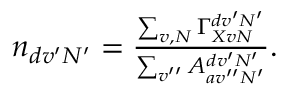
\begin{array} { r } { n _ { d v ^ { \prime } N ^ { \prime } } = \frac { \sum _ { v , N } \Gamma _ { X v N } ^ { d v ^ { \prime } N ^ { \prime } } } { \sum _ { v ^ { \prime \prime } } A _ { a v ^ { \prime \prime } N ^ { \prime } } ^ { d v ^ { \prime } N ^ { \prime } } } . } \end{array}